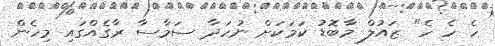
ހެ ހެ ހެ" ޒައުލް މާބޮޑު ކަމަކަށް ނުހަދާ ސަމާސާ ރާގެއްގައި މިހެން